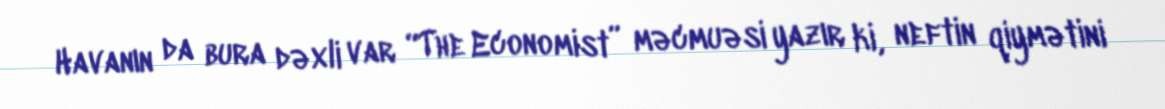
Havanın da bura dəxli var “The Economist” məcmuəsi yazır ki, neftin qiymətini